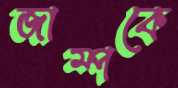
জাম্পকে